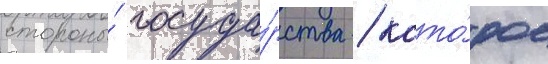
стороны́ госуда́рства / кото́рое